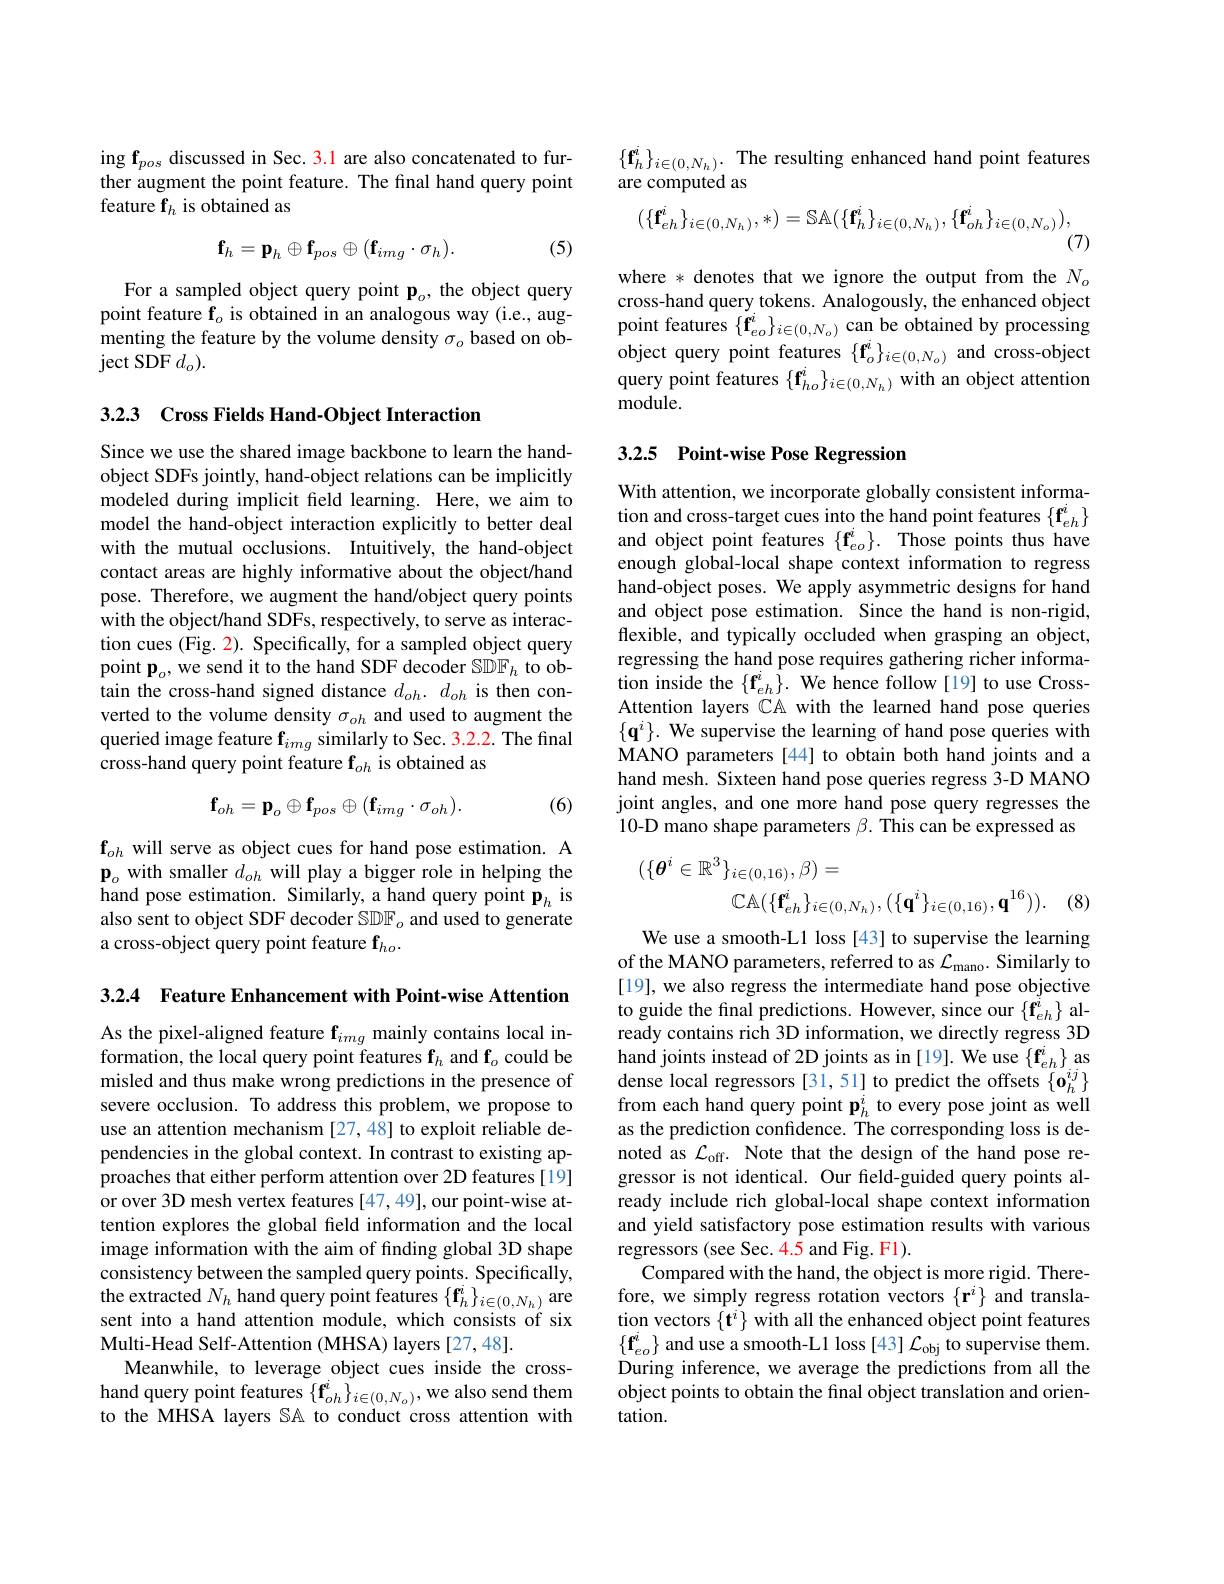
$\operatorname{ing}\mathbf{f}_{pos}$ discussed in Sec.3.1 are also concatenated to further augment the point feature. The final hand query point feature f$_h$ is obtained as

(5)
$$\mathbf{f}_h=\mathbf{p}_h\oplus\mathbf{f}_{pos}\oplus(\mathbf{f}_{img}\cdot\sigma_h).$$
For a sampled object query point $\mathbf{p}_o$, the object query point feature $\mathbf{f}_o$ is obtained in an analogous way (i.e., augmenting the feature by the volume density $\sigma_o$ based on ob- $\operatorname{ject}\operatorname{SDF}d_o).$

3.23 Cross Fields Hand-Object Interaction

Since we use the shared image backbone to learn the handobject SDFs jointly, hand-object relations can be implicitly modeled during implicit feld learning. Here, we aim to model the hand-object interaction explicitly to better deal with the mutual occlusions. Intuitively, the hand-object contact areas are highly informative about the object/hand pose. Therefore, we augment the hand/object query points with the object/hand SDFs, respectively, to serve as interaction cues (Fig. 2). Specifically, for a sampled object query point $\mathbf{p}_o$,we send it to the hand SDF decoder SDF$_h$ to obtain the cross-hand signed distance $d_{oh}.d_{oh}$ is then converted to the volume density $\sigma_{oh}$ and used to augment the queried image feature $\mathbf{f}_{img}$ similarly to Sec. 3.2.2. The final cross-hand query point feature $\mathbf{f}_{oh}$ is obtained as

(6)
$$\mathbf{f}_{oh}=\mathbf{p}_{o}\oplus\mathbf{f}_{pos}\oplus(\mathbf{f}_{img}\cdot\sigma_{oh}).$$
$\mathbf{f}_{oh}$ will serve as object cues for hand pose estimation. A $\mathbf{p}_o$ with smaller $d_oh$ will play a bigger role in helping the hand pose estimation. Similarly, a hand query point $\mathbf{p}_{h}$ is also sent to object SDF decoder SDF $_o$ and used to generate a cross-object query point feature f$_ho.$

3.2.4 Feature Enhancement with Point-wise Attention

As the pixel-aligned feature $\mathbf{f}_{img}$ mainly contains local information, the local query point features $\mathbf{f}_h$ and $\mathbf{f}_o$ could be misled and thus make wrong predictions in the presence of severe occlusion. To address this problem, we propose to use an attention mechanism [27,48] to exploit reliable dependencies in the global context. In contrast to existing approaches that either perform attention over 2D features [19] or over 3D mesh vertex features [47,49], our point-wise attention explores the global field information and the local image information with the aim of finding global 3D shape consistency between the sampled query points. Specifically, the extracted $N_h$ hand query point features $\{\mathbf{f}_h^i\}_{i\in(0,N_h)}$ are sent into a hand attention module, which consists of six Multi-Head Self-Attention (MHSA) layers [27,48].
Meanwhile, to leverage object cues inside the crosshand query point features $\{\mathbf{f}_{oh}^i\}_{i\in(0,N_o)}$, we also send them to the MHSA layers $\mathbb{S}\mathbb{A}$ to conduct cross attention with

$\{\mathbf{f}_{h}^{i}\}_{i\in(0,N_{h})}.$ The resulting enhanced hand point features
are computed as
$$(\{\mathbf{f}_{eh}^i\}_{i\in(0,N_h)},*)=\mathbb{S}\mathbb{A}(\{\mathbf{f}_{h}^i\}_{i\in(0,N_h)},\{\mathbf{f}_{oh}^i\}_{i\in(0,N_o)}),\\(7)$$
where * denotes that we ignore the output from the $N_o$ cross-hand query tokens. Analogously, the enhanced object point features $\{\mathbf{f}_{eo}^{i}\}_{i\in(0,N_{o})}$ can be obtained by processing object query point features $\{\mathbf{f}_o^i\}_{i\in(0,N_o)}$ and cross-object query point features $\{\mathbf{f}_{ho}^i\}_{i\in(0,N_h)}$ with an object attention module.

## 3.2.5 Point-wise Pose Regression

With attention, we incorporate globally consistent information and cross-target cues into the hand point features $\{\mathbf{f}_{eh}^{i}\}$ and object point features $\{\mathbf{f}_{eo}^{i}\}.$ Those points thus have enough global-local shape context information to regress hand-object poses. We apply asymmetric designs for hand and object pose estimation. Since the hand is non-rigid, flexible, and typically occluded when grasping an object, regressing the hand pose requires gathering richer information inside the $\{\mathbf{f}_{eh}^{i}\}.$ We hence follow[19] to use CrossAttention layers $\mathbb{CA}$ with the learned hand pose queries $\{\mathbf{q}^i\}.$ We supervise the learning of hand pose queries with MANO parameters[44] to obtain both hand joints and a hand mesh. Sixteen hand pose queries regress 3-D MANO joint angles, and one more hand pose query regresses the 10-D mano shape parameters $\beta.$ This can be expressed as
$$\begin{aligned}(\{\boldsymbol{\theta}^{i}\in\mathbb{R}^{3}\}_{i\in(0,16)},\beta)&=\\\mathbb{CA}(\{\mathbf{f}_{eh}^{i}\}_{i\in(0,N_{h})},(\{\mathbf{q}^{i}\}_{i\in(0,16)},\mathbf{q}^{16})).\end{aligned}$$
(8)

We use a smooth-L1 loss [43] to supervise the learning of the MANO parameters, referred to as $\mathcal{L}_\mathrm{mano}.$ Similarly to [19], we also regress the intermediate hand pose objective to guide the final predictions. However, since our $\{\mathbf{f}_{eh}^{i}\}$ already contains rich 3D information, we directly regress 3D hand joints instead of 2D joints as in [19]. We use {f}$_eh^i\}$ as dense local regressors [31,51] to predict the offsets $\{\mathbf{o}_{h}^{ij}\}$ from each hand query point $\mathbf{p}_h^i$ to every pose joint as well as the prediction confidence. The corresponding loss is denoted as $\mathcal{L}_\mathrm{off}.$ Note that the design of the hand pose regressor is not identical. Our feld-guided query points already include rich global-local shape context information and yield satisfactory pose estimation results with various regressors (see Sec. 4.5 and Fig. F1).
Compared with the hand, the object is more rigid. Therefore, we simply regress rotation vectors $\{\mathbf{r}^i\}$ and translation vectors $\{\mathbf{t}^i\}$ with all the enhanced object point features $\{\mathbf{f}_{eo}^{i}\}$ and use a smooth-L1 loss [43] $\mathcal{L}_\mathrm{obj}$ to supervise them. During inference, we average the predictions from all the object points to obtain the final object translation and orientation.